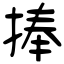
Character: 捧